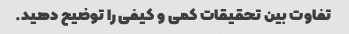
تفاوت بین تحقیقات کمی و کیفی را توضیح دهید.